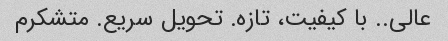
عالی.. با کیفیت، تازه. تحویل سریع. متشکرم